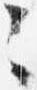
々